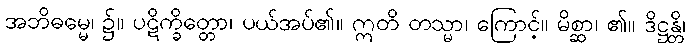
အဘိဓမ္မေ၊ ၌။ ပဋိက္ခိတ္တော၊ ပယ်အပ်၏။ ဣတိ တသ္မာ၊ ကြောင့်။ မိစ္ဆာ၊ ၏။ ဒိဋ္ဌန္တိ၊